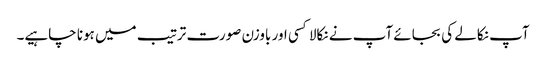
آپ نکالے کی بجائے آپ نے نکالا کسی اور باوزن صورت ترتیب میں ہونا چاہیے۔